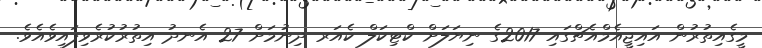
މީގެއިތުރުން އައިޖީއެމްއެޗްގައި 2017ގެ ނިޔަލަށް ކްޓިކަލް ކެއަރ ދިނުމަށް 27 އެނދު އިތުރުކުރެވިފައިވެއެވެ.